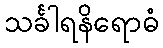
သင်္ခါရနိရောဓံ